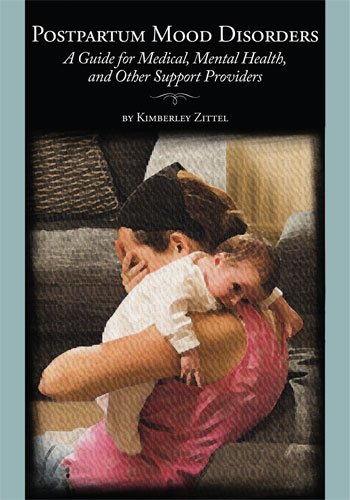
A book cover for Postpartum Mood Disorders: A Guide for Medical, Mental Health, and Other Support Providers; Kimberley Zittel; Health, Fitness & Dieting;